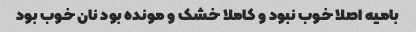
بامیه اصلا خوب نبود و کاملا خشک و مونده بود نان خوب بود